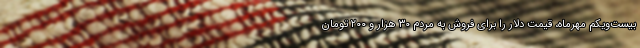
بیست‌ویکم مهرماه، قیمت دلار را برای فروش به مردم ۳۰ هزار و ۲۰۰ تومان